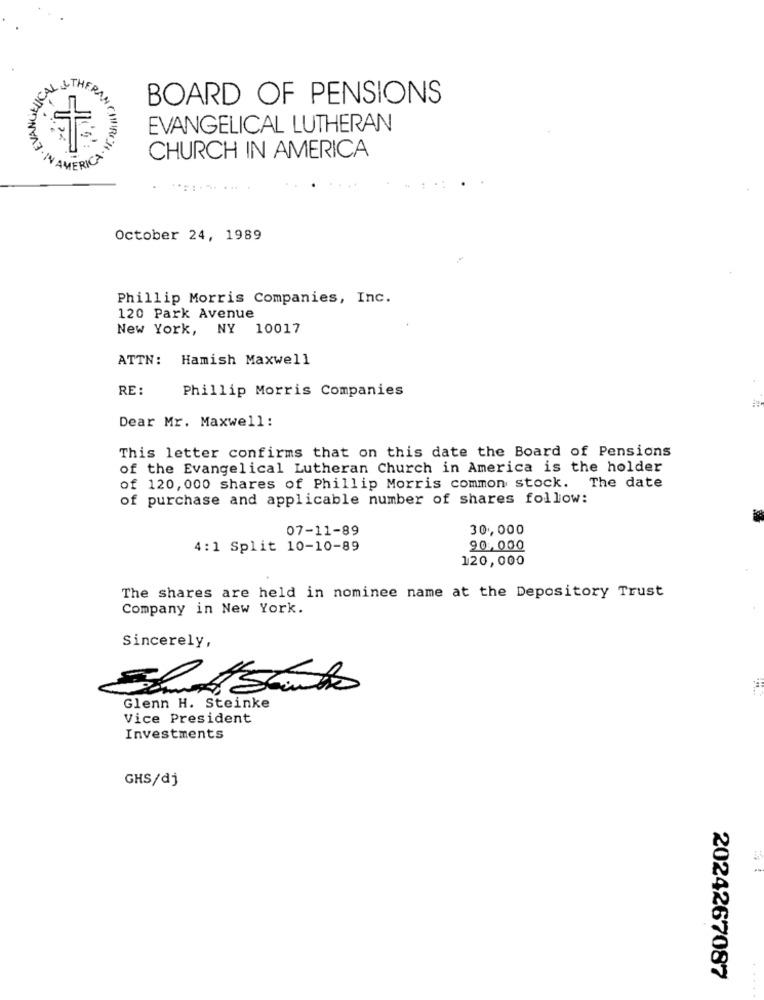
BOARD OF PENSIONS
EVANGELICAL LUTHERAN
CHURCH IN AMERICA
October 24, 1989
Phillip Morris Companies, Inc.
120 Park Avenue
New York, NY 10017
ATTN: Hamish Maxwell
RE :
Phillip Morris Companies
Dear Mr. Maxwell:
This letter confirms that on this date the Board of Pensions
of the Evangelical Lutheran Church in America is the holder
of 120,000 shares of Phillip Morris common stock. The date
of purchase and applicable number of shares follow:
07-11-89
30,000
4: 1 Split 10-10-89
90,000
120,000
The shares are held in nominee name at the Depository Trust
Company in New York.
Sincerely,
Glenn H. Steinke
Vice President
Investments
GHS/dj
2024267087